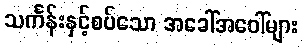
သင်္ကန်းနှင့်စပ်သော အခေါ်အဝေါ်များ